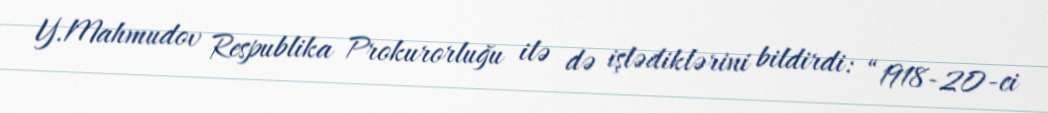
Y.Mahmudov Respublika Prokurorluğu ilə də işlədiklərini bildirdi: “1918-20-ci